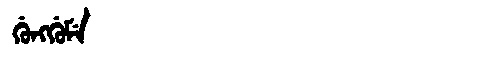
Manchu: ᡤᡠᠩᡤᡠᠮᡝ
Romanization: GUNGGUME